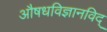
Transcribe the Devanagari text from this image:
अाैषधविज्ञानविद्